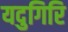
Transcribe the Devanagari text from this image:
यदुगिरि